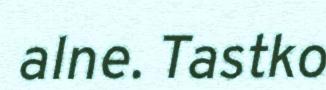
alne. Tastko